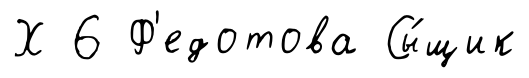
Х 6 Ф'едотова Сы́щик